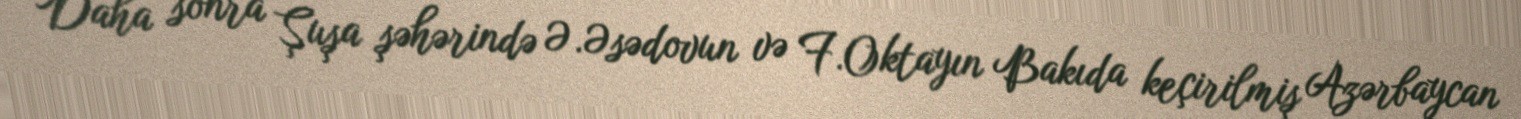
Daha sonra Şuşa şəhərində Ə.Əsədovun və F.Oktayın Bakıda keçirilmiş Azərbaycan